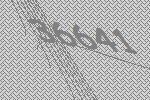
36641